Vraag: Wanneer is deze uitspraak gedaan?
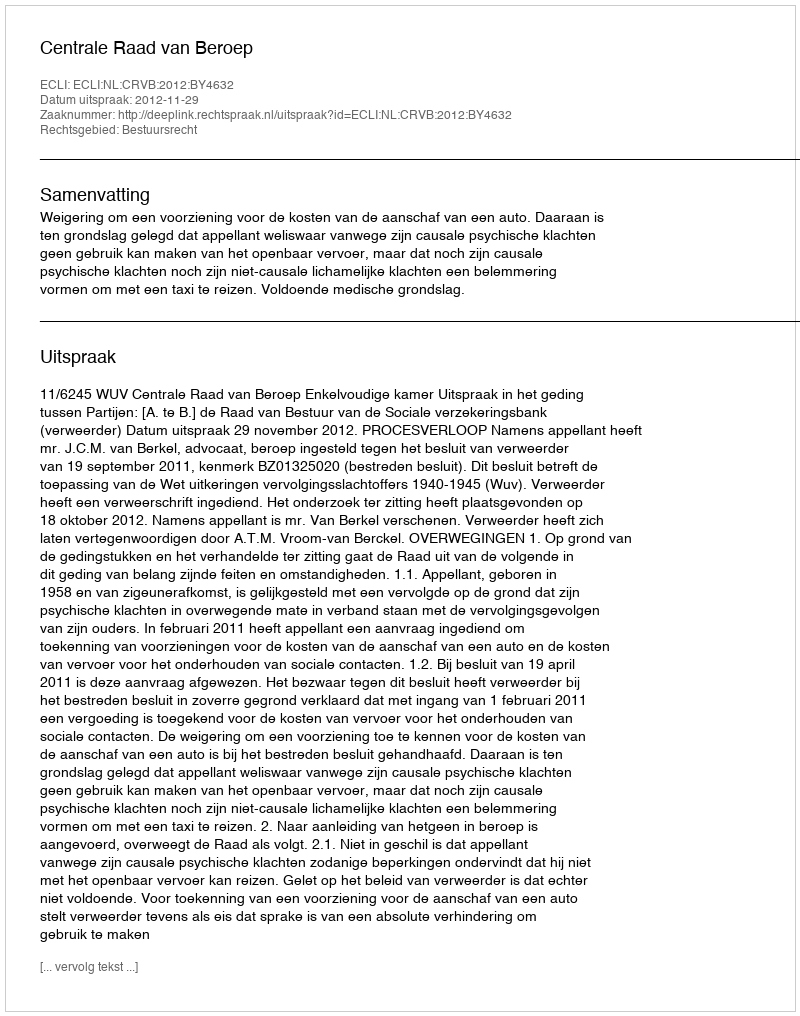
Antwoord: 2012-11-29